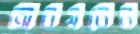
অবয়বের